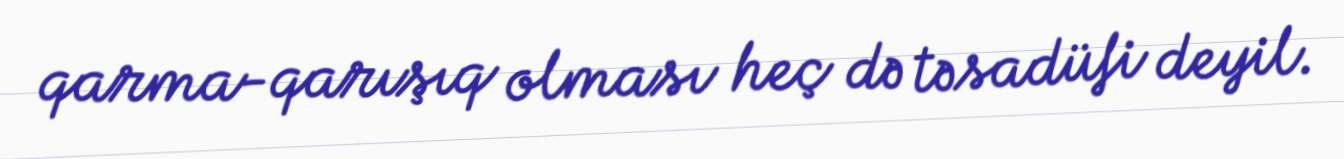
qarma-qarışıq olması heç də təsadüfi deyil.